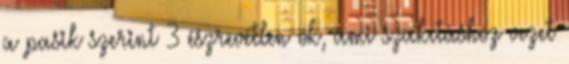
a pasik szerint 3 észrevétlen ok, ami szakításhoz vezet